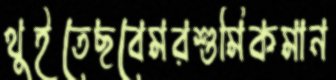
থুইতেছবেমরশুমিকমান